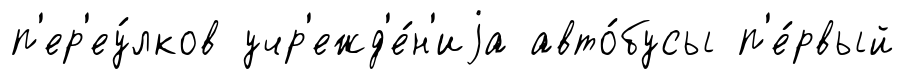
п'ер'еу́лков учр'ежд'е́н'иjа авто́бусы п'е́рвый